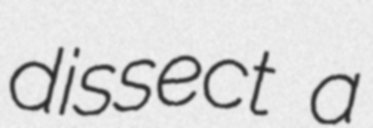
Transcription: dissect a